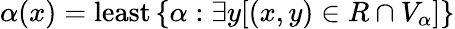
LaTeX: \alpha(x)={\mathrm{least}}\, \{ \alpha:\exists y[(x,y)\in R\cap V_{\alpha}]\}